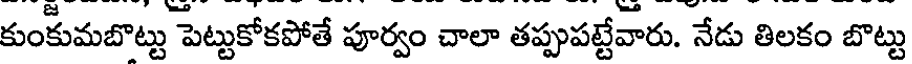
కుంకుమబొట్టు పెట్టుకోకపోతే పూర్వం చాలా తప్పుపట్టేవారు. నేడు తిలకం బొట్టు